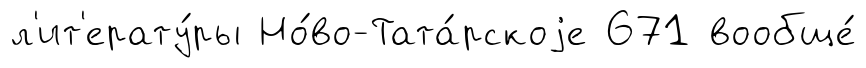
л'ит'ерату́ры Но́во-Тата́рскоjе 671 вообще́